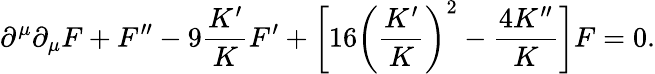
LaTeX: \partial^{\mu}\partial_{\mu}F+F^{\prime\prime}-9\frac{K^{\prime}}{K}F^{\prime}+\bigg[16\bigg(\frac{K^{\prime}}{K}\bigg)^{2}-\frac{4K^{\prime\prime}}{K}\bigg]F=0.